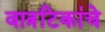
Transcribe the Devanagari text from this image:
वात्रटिकांचे